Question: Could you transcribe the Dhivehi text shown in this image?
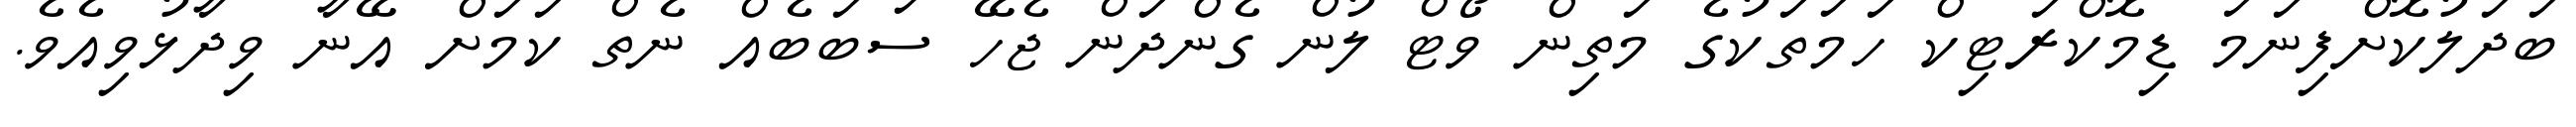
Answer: ބަދަލުކޮށްފިނަމަ ޑިމޮކްރަޓިކް ހަމަތަކުގެ މަތިން ވޯޓް ލުން ގެންދަން ޖެހޭ ސަބަބެއް ނެތް ކަމަށް އޭނާ ވިދާޅުވިއެވެ.